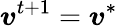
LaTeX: {\boldsymbol{v}}^{t+1}={\boldsymbol{v}}^{*}